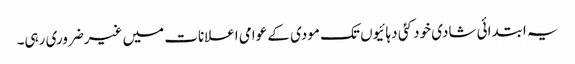
یہ ابتدائی شادی خود کئی دہائیوں تک مودی کے عوامی اعلانات میں غیرضروری رہی۔